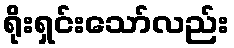
ရိုးရှင်းသော်လည်း